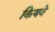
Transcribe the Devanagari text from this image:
कियवे